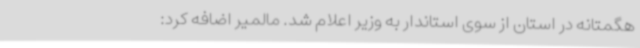
هگمتانه در استان از سوی استاندار به وزیر اعلام شد. مالمیر اضافه کرد: